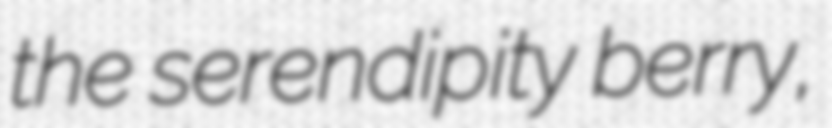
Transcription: the serendipity berry,